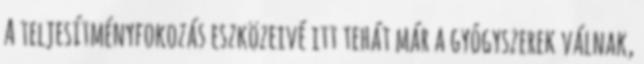
A teljesítményfokozás eszközeivé itt tehát már a gyógyszerek válnak,